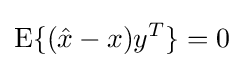
\operatorname {E} \{({\hat {x}}-x)y^{T}\}=0